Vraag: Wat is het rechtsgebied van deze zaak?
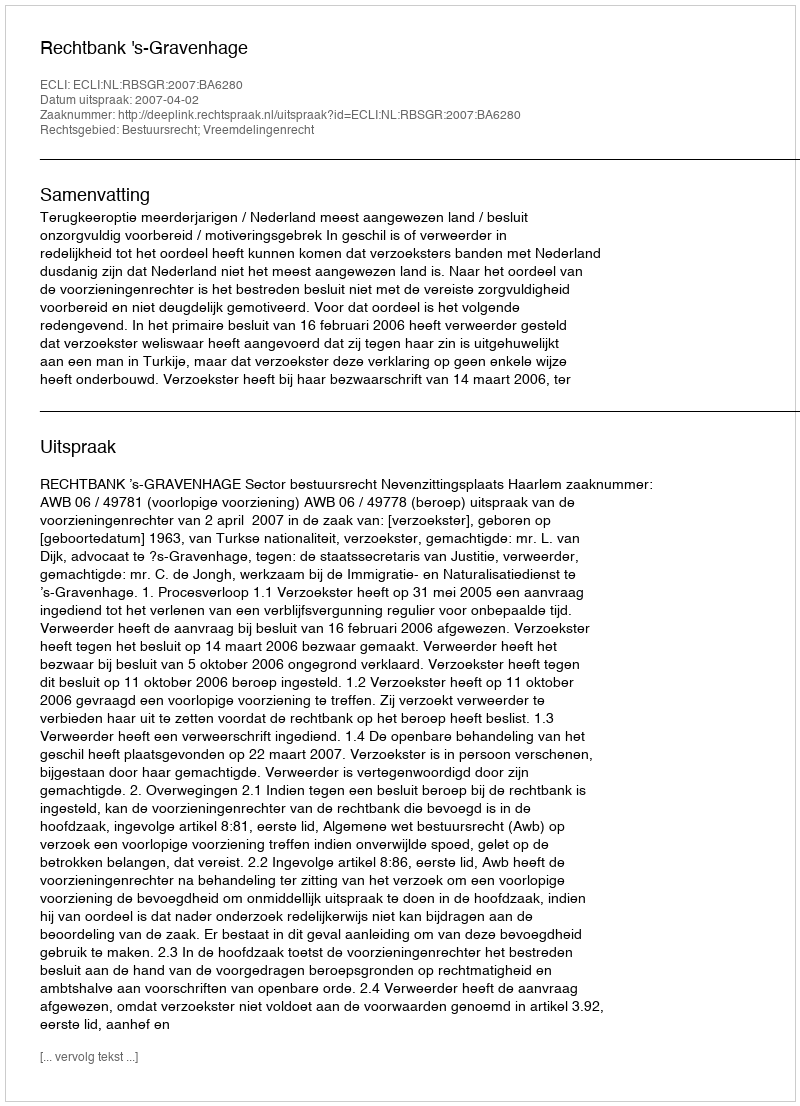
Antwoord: Bestuursrecht; Vreemdelingenrecht